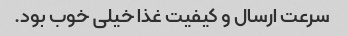
سرعت ارسال و کیفیت غذا خیلی خوب بود.